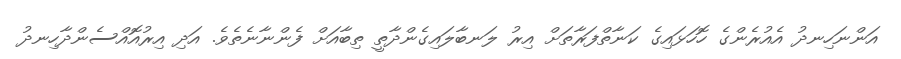
އަންނަހިނދު އެއުރެންގެ ހޮހަޅައިގެ ކަނާތްފަރާތަށް އިރު ލަނބާލައިގެންދާތީ ތިބާއަށް ފެންނާނެތެވެ. އަދި އިރުއޮއްސެންދާހިނދު